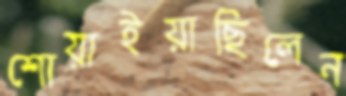
শোয়াইয়াছিলেন